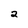
Character: 2